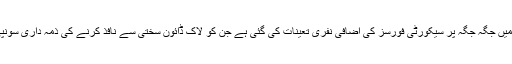
سری نگر میں جگہ جگہ پر سیکورٹی فورسز کی اضافی نفری تعینات کی گئی ہے جن کو لاک ڈائون سختی سے نافذ کرنے کی ذمہ داری سونپی گئی ہے۔